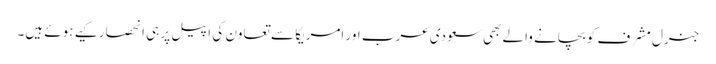
جنرل مشرف کو بچانے والے بھی سعودی عرب اور امریکا سے تعاون کی اپیل پر ہی انحصار کیے ہوئے ہیں۔